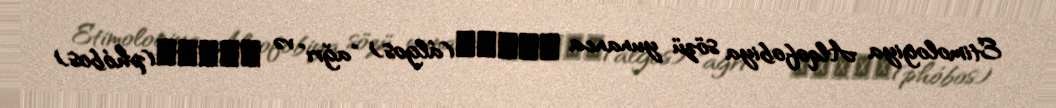
Etimologiya Alqofobiya sözü yunanca ἄλγος(álgos) "ağrı" və φόβος(phóbos)